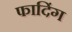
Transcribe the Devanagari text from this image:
फादिंग